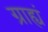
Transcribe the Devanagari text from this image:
ग्राह्यं